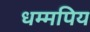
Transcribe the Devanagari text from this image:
धम्मपिय